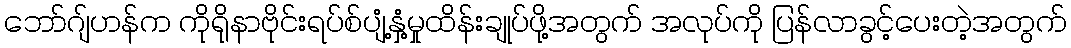
ဘော်ဂျ်ဟန်က ကိုရိုနာဗိုင်းရပ်စ်ပျံ့နှံ့မှုထိန်းချုပ်ဖို့အတွက် အလုပ်ကို ပြန်လာခွင့်ပေးတဲ့အတွက်